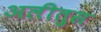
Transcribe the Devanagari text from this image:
अलीतुस